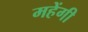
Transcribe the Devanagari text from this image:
महेंगी